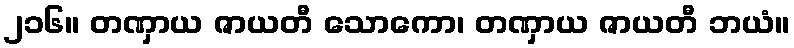
၂၁၆။ တဏှာယ ဇာယတီ သောကော၊ တဏှာယ ဇာယတီ ဘယံ။